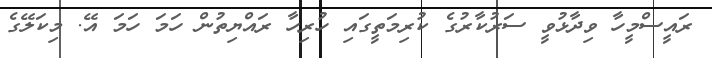
ރައީސްމީހާ ވިދާޅުވީ ސަރުކާރުގެ ކުރިމަތީގައި ހުރިހާ ރައްޔިތުން ހަމަ ހަމަ އޭ. މިކަލޭގެ